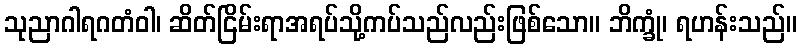
သုညာဂါရဂတံဝါ၊ ဆိတ်ငြိမ်းရာအရပ်သို့ကပ်သည်လည်းဖြစ်သော။ ဘိက္ခုံ၊ ရဟန်းသည်။